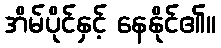
အိမ်ပိုင်နှင့် နေနိုင်၏။